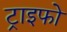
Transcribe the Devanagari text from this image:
ट्राइफो